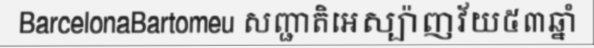
BarcelonaBartomeu សញ្ជាតិអេស្ប៉ាញវ័យ៥៣ឆ្នាំ